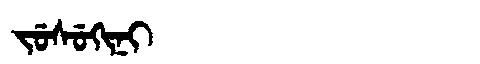
Manchu: ᠵᡠᠰᡠᡴᡳᠨᡳ
Romanization: JUSUKINI